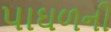
પાઘળની